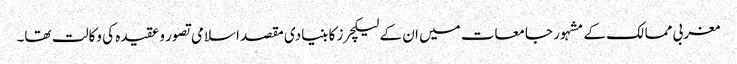
مغربی ممالک کے مشہور جامعات میں ان کے لیکچرز کا بنیادی مقصد اسلامی تصور و عقیدہ کی وکالت تھا۔